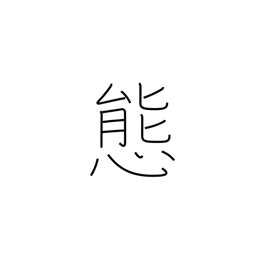
Meaning: attitude